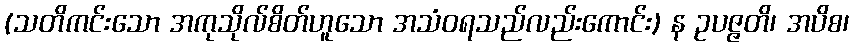
(သတိကင်းသော အကုသိုလ်စိတ်ဟူသော အသံဝရသည်လည်းကောင်း) န ဥပဇ္ဇတိ၊ အပိစ၊